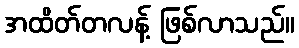
အထိတ်တလန့် ဖြစ်လာသည်။